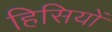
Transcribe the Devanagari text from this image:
हिसियों